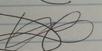
Signature authenticity: forged